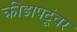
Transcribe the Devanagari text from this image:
क्रीडापटूंवर